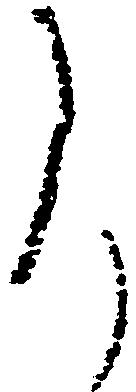
尚